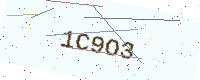
Text: 1C9O3